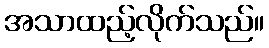
အသာထည့်လိုက်သည်။